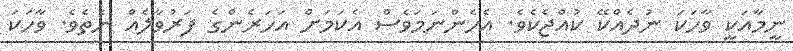
ނީމާއަކީ ވާހަކަ ނުދެއްކޭ ކުއްޖެކެވެ. އެހެންނަމަވެސް އެކަމަށް އަހަރެންގެ ފަރުވާލެއް ނެތެވެ. ވާހަކަ